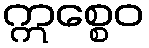
ဣစ္စေဝ